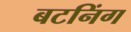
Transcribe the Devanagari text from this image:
बटनिंग